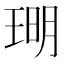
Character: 𪻪